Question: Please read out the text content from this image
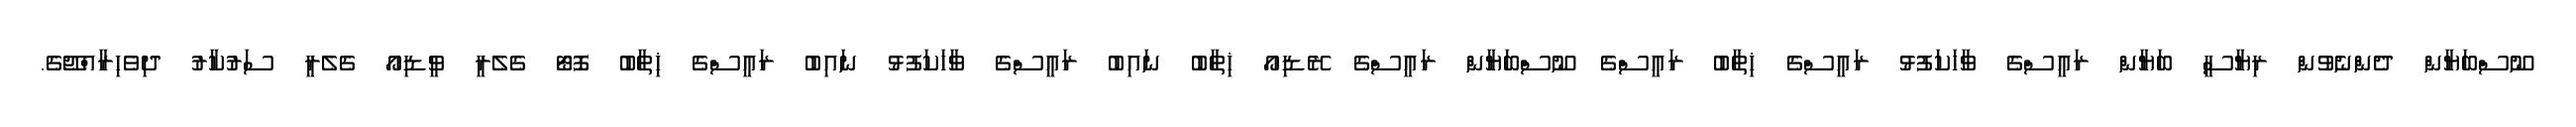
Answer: ނޫސްބަޔާން ދެންނެވުން ރިޔާސީ ބަޔާން ރައީސްގެ ވާހަކަފުޅު ރައީސްގެ ޚިތާބު ރައީސްގެ ނޫސްބަޔާން ރައީސްގެ ރޭޑިއޯ ޚިތާބު ނައިބު ރައީސްގެ ވާހަކަފުޅު ނައިބު ރައީސްގެ ޚިތާބު ފޮޓޯ ގެލެރީ ވީޑިއޯ ގެލެރީ ސަރުކާރު ދިވެހިރާއްޖޭގެ.